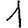
Digit: 1